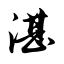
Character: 湛